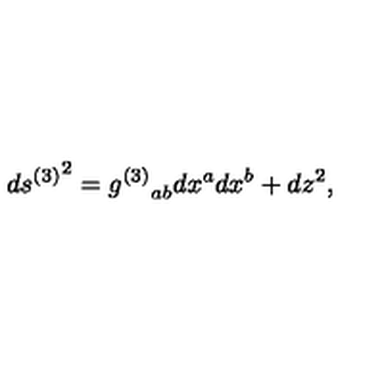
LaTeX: d { s ^ { ( 3 ) } } ^ { 2 } = { g ^ { ( 3 ) } } _ { a b } d x ^ { a } d x ^ { b } + d z ^ { 2 } ,